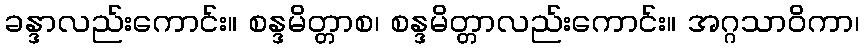
ခန္ဒာလည်းကောင်း။ စန္ဒမိတ္တာစ၊ စန္ဒမိတ္တာလည်းကောင်း။ အဂ္ဂသာဝိကာ၊